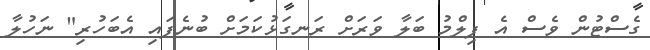
ގެސްޓުން ވެސް އެ ފިލްމު ބަލާ ވަރަށް ރަނގަޅުކަމަށް ބުނެފައި އެބަހުރި" ނަހުލާ